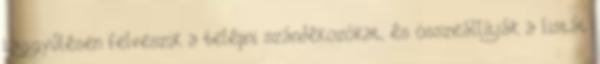
taggyűlésen felveszik a belépni szándékozókat, és összeállítják a listát